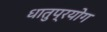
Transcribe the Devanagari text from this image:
धातुप्रयोग